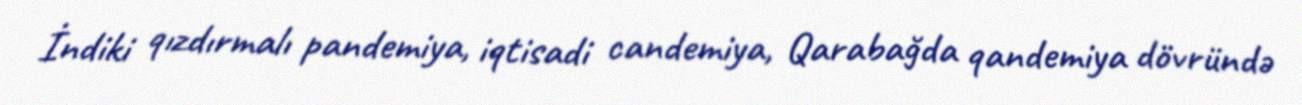
İndiki qızdırmalı pandemiya, iqtisadi candemiya, Qarabağda qandemiya dövründə